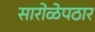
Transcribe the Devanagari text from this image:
सारोळेपठार